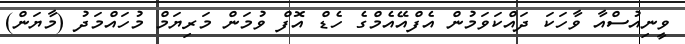
ވީނިއުސްއާ ވާހަކަ ދައްކަވަމުން އެފްއޭއެމްގެ ހެޑް އޮފް ވުމަން މަރިޔަމް މުހައްމަދު (މާޔަން)